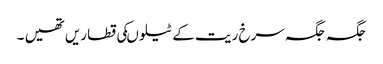
جگہ جگہ سرخ ریت کے ٹیلوںکی قطاریں تھیں ۔